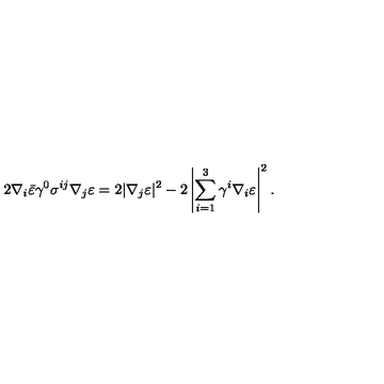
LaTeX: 2 \nabla _ { i } \bar { \varepsilon } \gamma ^ { 0 } \sigma ^ { i j } \nabla _ { j } \varepsilon = 2 | \nabla _ { j } \varepsilon | ^ { 2 } - 2 \left| \sum _ { i = 1 } ^ { 3 } \gamma ^ { i } \nabla _ { i } \varepsilon \right| ^ { 2 } .